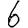
Digit: 6